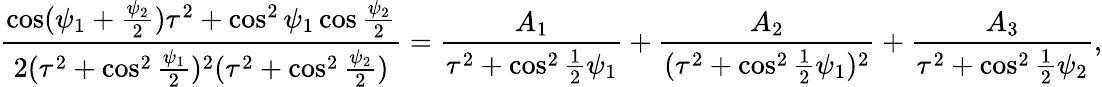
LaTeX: \frac{\cos(\psi_{1}+\frac{\psi_{2}}{2})\tau^{2}+\cos^{2}\psi_{1}\cos\frac{\psi_{2}}{2}}{2(\tau^{2}+\cos^{2}\frac{\psi_{1}}{2})^{2}(\tau^{2}+\cos^{2}\frac{\psi_{2}}{2})}=\frac{A_{1}}{\tau^{2}+\cos^{2}\frac{1}{2}\psi_{1}}+\frac{A_{2}}{(\tau^{2}+\cos^{2}\frac{1}{2}\psi_{1})^{2}}+\frac{A_{3}}{\tau^{2}+\cos^{2}\frac{1}{2}\psi_{2}},